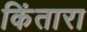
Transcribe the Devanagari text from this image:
किंतारा